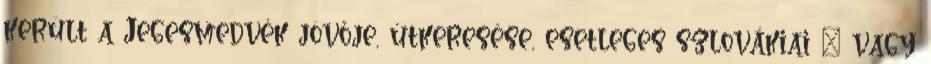
került a Jegesmedvék jövője, útkeresése, esetleges szlovákiai – vagy